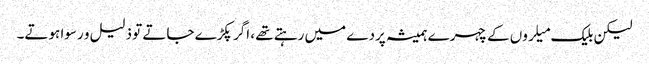
لیکن بلیک میلروں کے چہرے ہمیشہ پردے میں رہتے تھے ، اگر پکڑے جاتے تو ذلیل و رسوا ہوتے۔